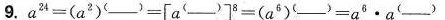
9.$$a ^ { 2 4 } = ( a ^ { 2 } ) ^ { ( ___ ) } = [ a ^ { ( ___ ) } ] ^ { 8 } = ( a ^ { 6 } ) ^ { ( ___ ) } = a ^ { 6 } \cdot a ^ { ( ___ ) }$$